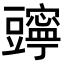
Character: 𧰗